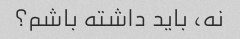
نه، باید داشته باشم؟